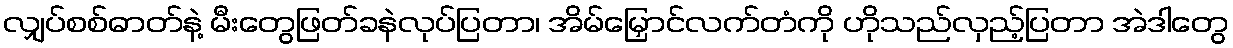
လျှပ်စစ်ဓာတ်နဲ့ မီးတွေဖြတ်ခနဲလုပ်ပြတာ၊ အိမ်မြှောင်လက်တံကို ဟိုသည်လှည့်ပြတာ အဲဒါတွေ